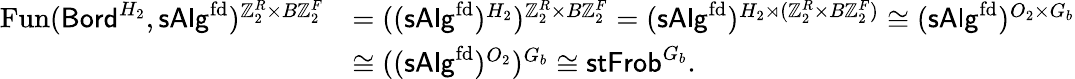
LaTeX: \begin{array}{rl}{\operatorname{Fun}({\mathsf{Bord}}^{H_{2}},{\mathsf{sAlg}}^{\mathrm{fd}})^{\mathbb{Z}_{2}^{R}\times B\mathbb{Z}_{2}^{F}}}&{=(({\mathsf{sAlg}}^{\mathrm{fd}})^{H_{2}})^{\mathbb{Z}_{2}^{R}\times B\mathbb{Z}_{2}^{F}}=({\mathsf{sAlg}}^{\mathrm{fd}})^{H_{2}\rtimes(\mathbb{Z}_{2}^{R}\times B\mathbb{Z}_{2}^{F})}\cong({\mathsf{sAlg}}^{\mathrm{fd}})^{O_{2}\times G_{b}}}\\ &{\cong(({\mathsf{sAlg}}^{\mathrm{fd}})^{O_{2}})^{G_{b}}\cong{\mathsf{stFrob}}^{G_{b}}.}\end{array}